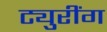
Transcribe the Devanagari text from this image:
ट्युरींग